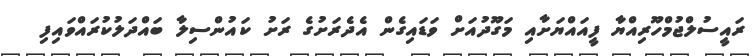
ރައީސުލްޖުމްހޫރިއްޔާ ފީއައްޔަށާއި މަގޫދުއަށް ވަޑައިގެން އެދެރަށުގެ ރަށު ކައުންސިލާ ބައްދަލުކުރައްވައިފި